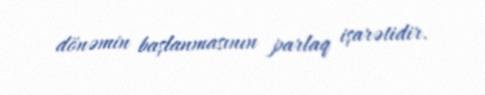
dönəmin başlanmasının parlaq işarətidir.